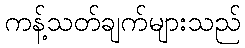
ကန့်သတ်ချက်များသည်